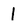
Character: 1